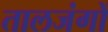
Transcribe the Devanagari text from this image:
तालजंगों